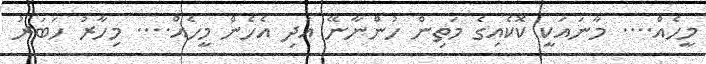
މީހެއް.... މާނައަކީ ކޮކެއިގެ މަތިން ހުންނާނޭ އަދި އެހެން މީހެއް.... މިހާރު ހަބަރު